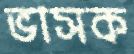
ভাসক